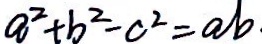
a ^ { 2 } + b ^ { 2 } - c ^ { 2 } = a b